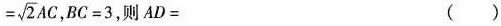
$$= \sqrt { 2 } A C$$，BC=3，则AD= （）